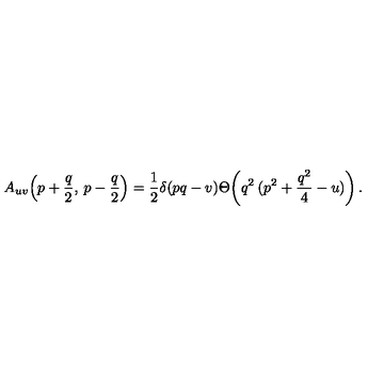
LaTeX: A _ { u v } \! \left( p + \frac { q } { 2 } , \: p - \frac { q } { 2 } \right) = \frac { 1 } { 2 } \delta ( p q - v ) \Theta \! \left( q ^ { 2 } \: ( p ^ { 2 } + \frac { q ^ { 2 } } { 4 } - u ) \right) .